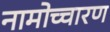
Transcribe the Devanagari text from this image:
नामोच्चारण